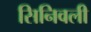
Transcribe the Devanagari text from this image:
सिनिवली